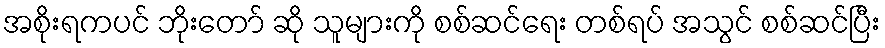
အစိုးရကပင် ဘိုးတော် ဆို သူများကို စစ်ဆင်ရေး တစ်ရပ် အသွင် စစ်ဆင်ပြီး